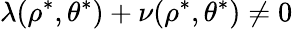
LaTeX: \lambda(\rho^{\ast},\theta^{\ast})+\nu(\rho^{\ast},\theta^{\ast})\neq 0